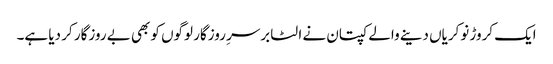
ایک کروڑ نوکریاں دینے والے کپتان نے الٹا برسرِ روزگار لوگوں کو بھی بے روزگار کر دیا ہے۔